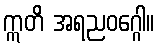
ဣတိ အရညဝဂ္ဂေါ။